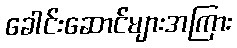
ခေါင်းဆောင်များအကြား